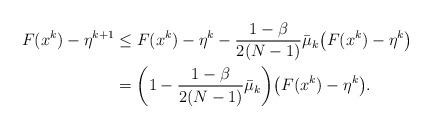
LaTeX: \begin{align*}F(x^k) - \eta^{k+1} &\le F(x^k) - \eta^k - \frac{1-\beta}{2(N-1)}\bar{\mu}_k\big(F(x^k) - \eta^k\big)\\ &= \biggl(1-\frac{1-\beta}{2(N-1)}\bar{\mu}_k\biggr)\big(F(x^k) - \eta^k\big).\end{align*}